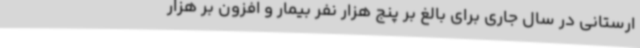
ارستانی در سال جاری برای بالغ بر پنج هزار نفر بیمار و افزون بر هزار